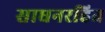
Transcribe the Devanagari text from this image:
साधनरहित